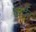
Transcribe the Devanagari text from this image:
बोर्देर